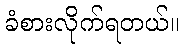
ခံစားလိုက်ရတယ်။